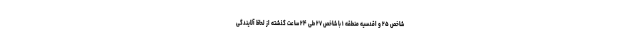
شاخص ۲۵ و اقدسیه منطقه ۱ با شاخص ۲۷ طی ۲۴ ساعت گذشته از لحاظ آلایندگی